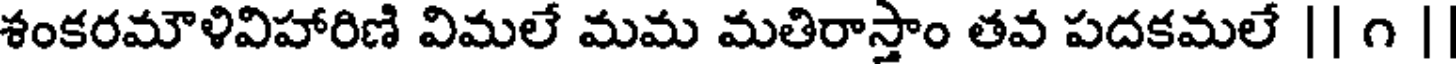
శంకరమౌళివిహారిణి విమలే మమ మతిరాస్తాం తవ పదకమలే || ౧ |